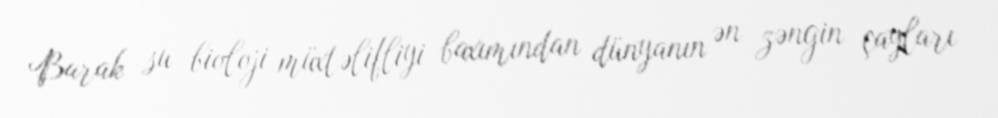
Barak su bioloji müxtəlifliyi baxımından dünyanın ən zəngin çayları